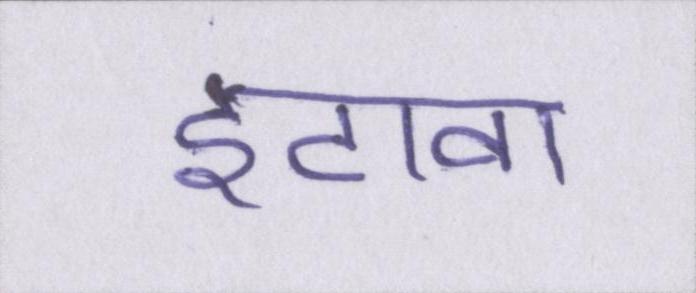
इटावा